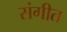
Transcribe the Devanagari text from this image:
संगीत